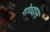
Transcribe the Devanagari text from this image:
गोव्यास